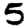
Digit: 5